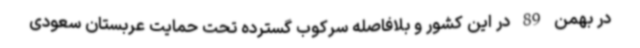
در بهمن 89 در این کشور و بلافاصله سرکوب گسترده تحت حمایت عربستان سعودی